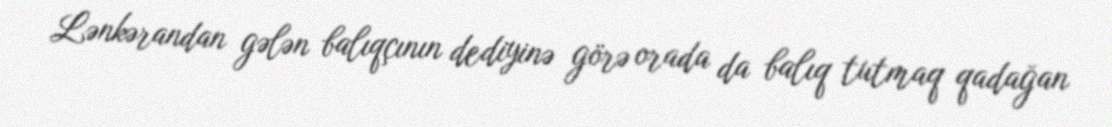
Lənkərandan gələn balıqçının dediyinə görə orada da balıq tutmaq qadağan